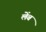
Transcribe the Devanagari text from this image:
लेंब